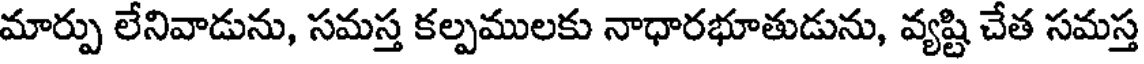
మార్పు లేనివాడును, సమస్త కల్పములకు నాధారభూతుడును, వ్యష్టి చేత సమస్త